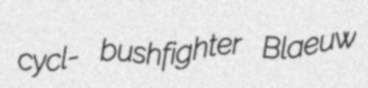
cycl- bushfighter Blaeuw